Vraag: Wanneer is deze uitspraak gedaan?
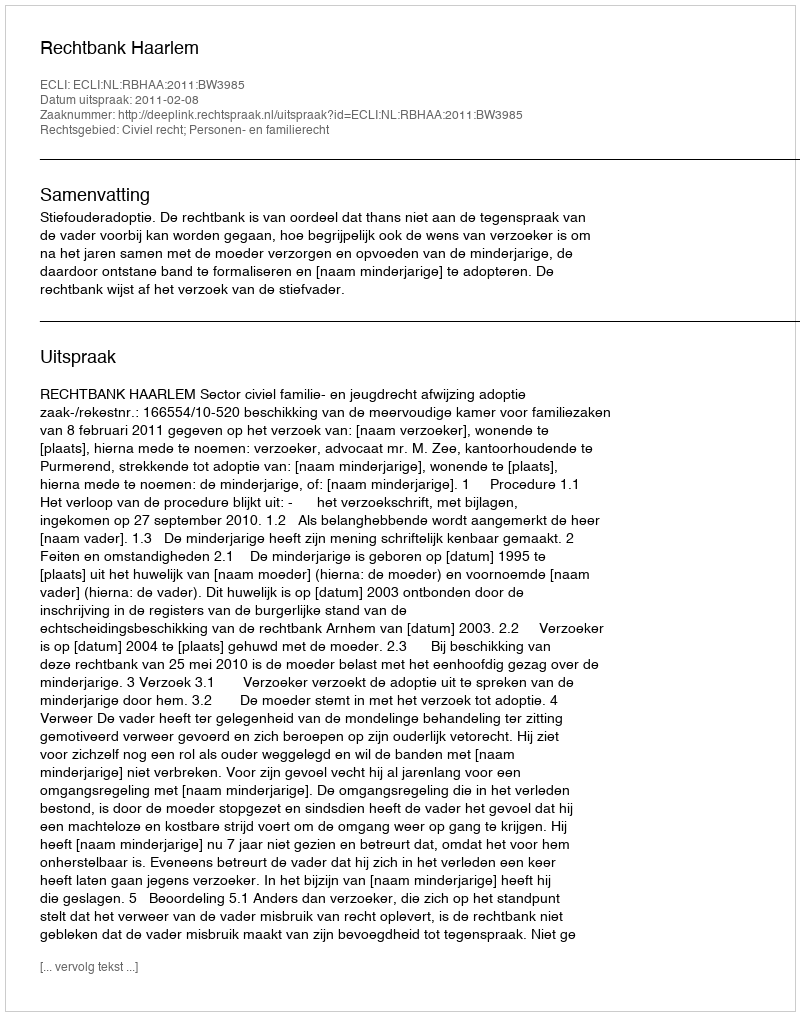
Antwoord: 2011-02-08